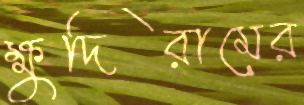
ক্ষুদিরামের